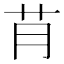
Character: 𮎟